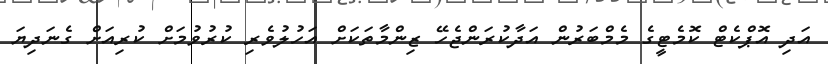
އަދި އޮޕްކެޓް ކޮމެޓީގެ މެމްބަރުން އަދާކުރަންޖެހޭ ޒިންމާތަކަށް އަހުލުވެރި ކުރުވުމަށް ކުރިއަށް ގެނަދިޔަ